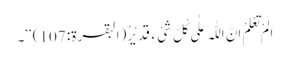
اَلَمْ تَعْلَمْ اَنَّ اللّٰہَ عَلٰی کُلِّ شَیْ ءٍ قَدِیْرٌ (البقرۃ: 107)‘‘۔